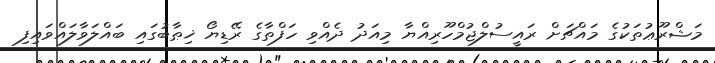
މަޝްރޫޢުތަކުގެ މައްޗަށް ރައީސުލްޖުމްހޫރިއްޔާ މިއަދު ދެއްވި ހަފްތާގެ ރޭޑިޔޯ ޚިޠާބުގައި ބައްލަވާލައްވައިފި